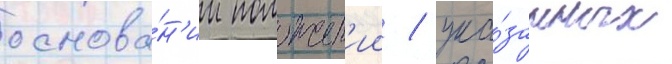
основа́н'ии положен'ии / ука́занных